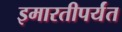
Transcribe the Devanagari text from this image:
इमारतीपर्यंत